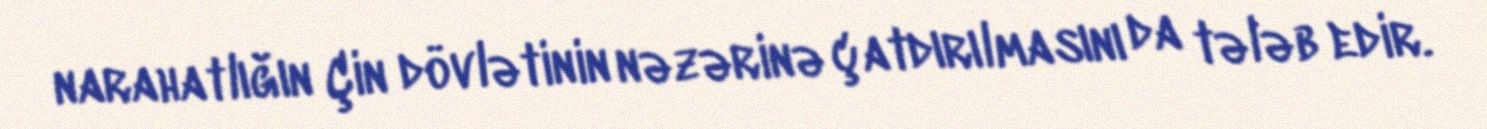
narahatlığın Çin dövlətinin nəzərinə çatdırılmasını da tələb edir.